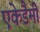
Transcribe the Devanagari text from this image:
एकेडैमी